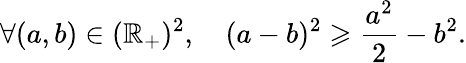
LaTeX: \forall(a,b)\in(\mathbb{R}_{+})^{2},\quad(a-b)^{2}\geqslant\frac{a^{2}}{2}-b^{2}.